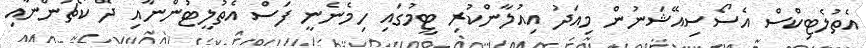
އެތުލެޓިކްސް އެސޯސިއޭޝަނުން މިއަދު އިއުލާންކުރި ޓީމުގައި ހިމެނެނީ ފަސް އެތުލީޓުންނާއި ދެ ކޯޗުންނާއި